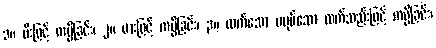
၁။ မီးဖြင့် ကပ္ပိခြင်း၊ ၂။ ဓားဖြင့် ကပ္ပိခြင်း၊ ၃။ ထက်သော မပုပ်သော လက်သည်းဖြင့် ကပ္ပိခြင်း၊